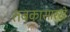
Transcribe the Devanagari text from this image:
तबकासारखे